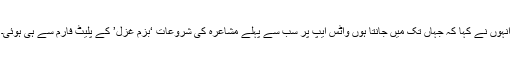
انہوں نے کہا کہ جہاں تک میں جانتا ہوں واٹس ایپ پر سب سے پہلے مشاعرہ کی شروعات ‘بزم غزل’ کے پلیٹ فارم سے ہی ہوئی۔